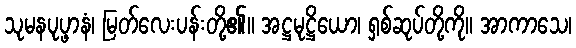
သုမနပုပ္ဖာနံ၊ မြတ်လေးပန်းတို့၏။ အဋ္ဌမုဋ္ဌိယော၊ ရှစ်ဆုပ်တို့ကို။ အာကာသေ၊